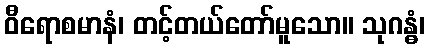
ဝီရောစမာနံ၊ တင့်တယ်တော်မူသော။ သုဂန္ဓံ၊